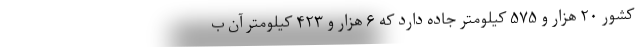
کشور ۲۰ هزار و ۵۷۵ کیلومتر جاده دارد که ۶ هزار و ۴۲۳ کیلومتر آن ب